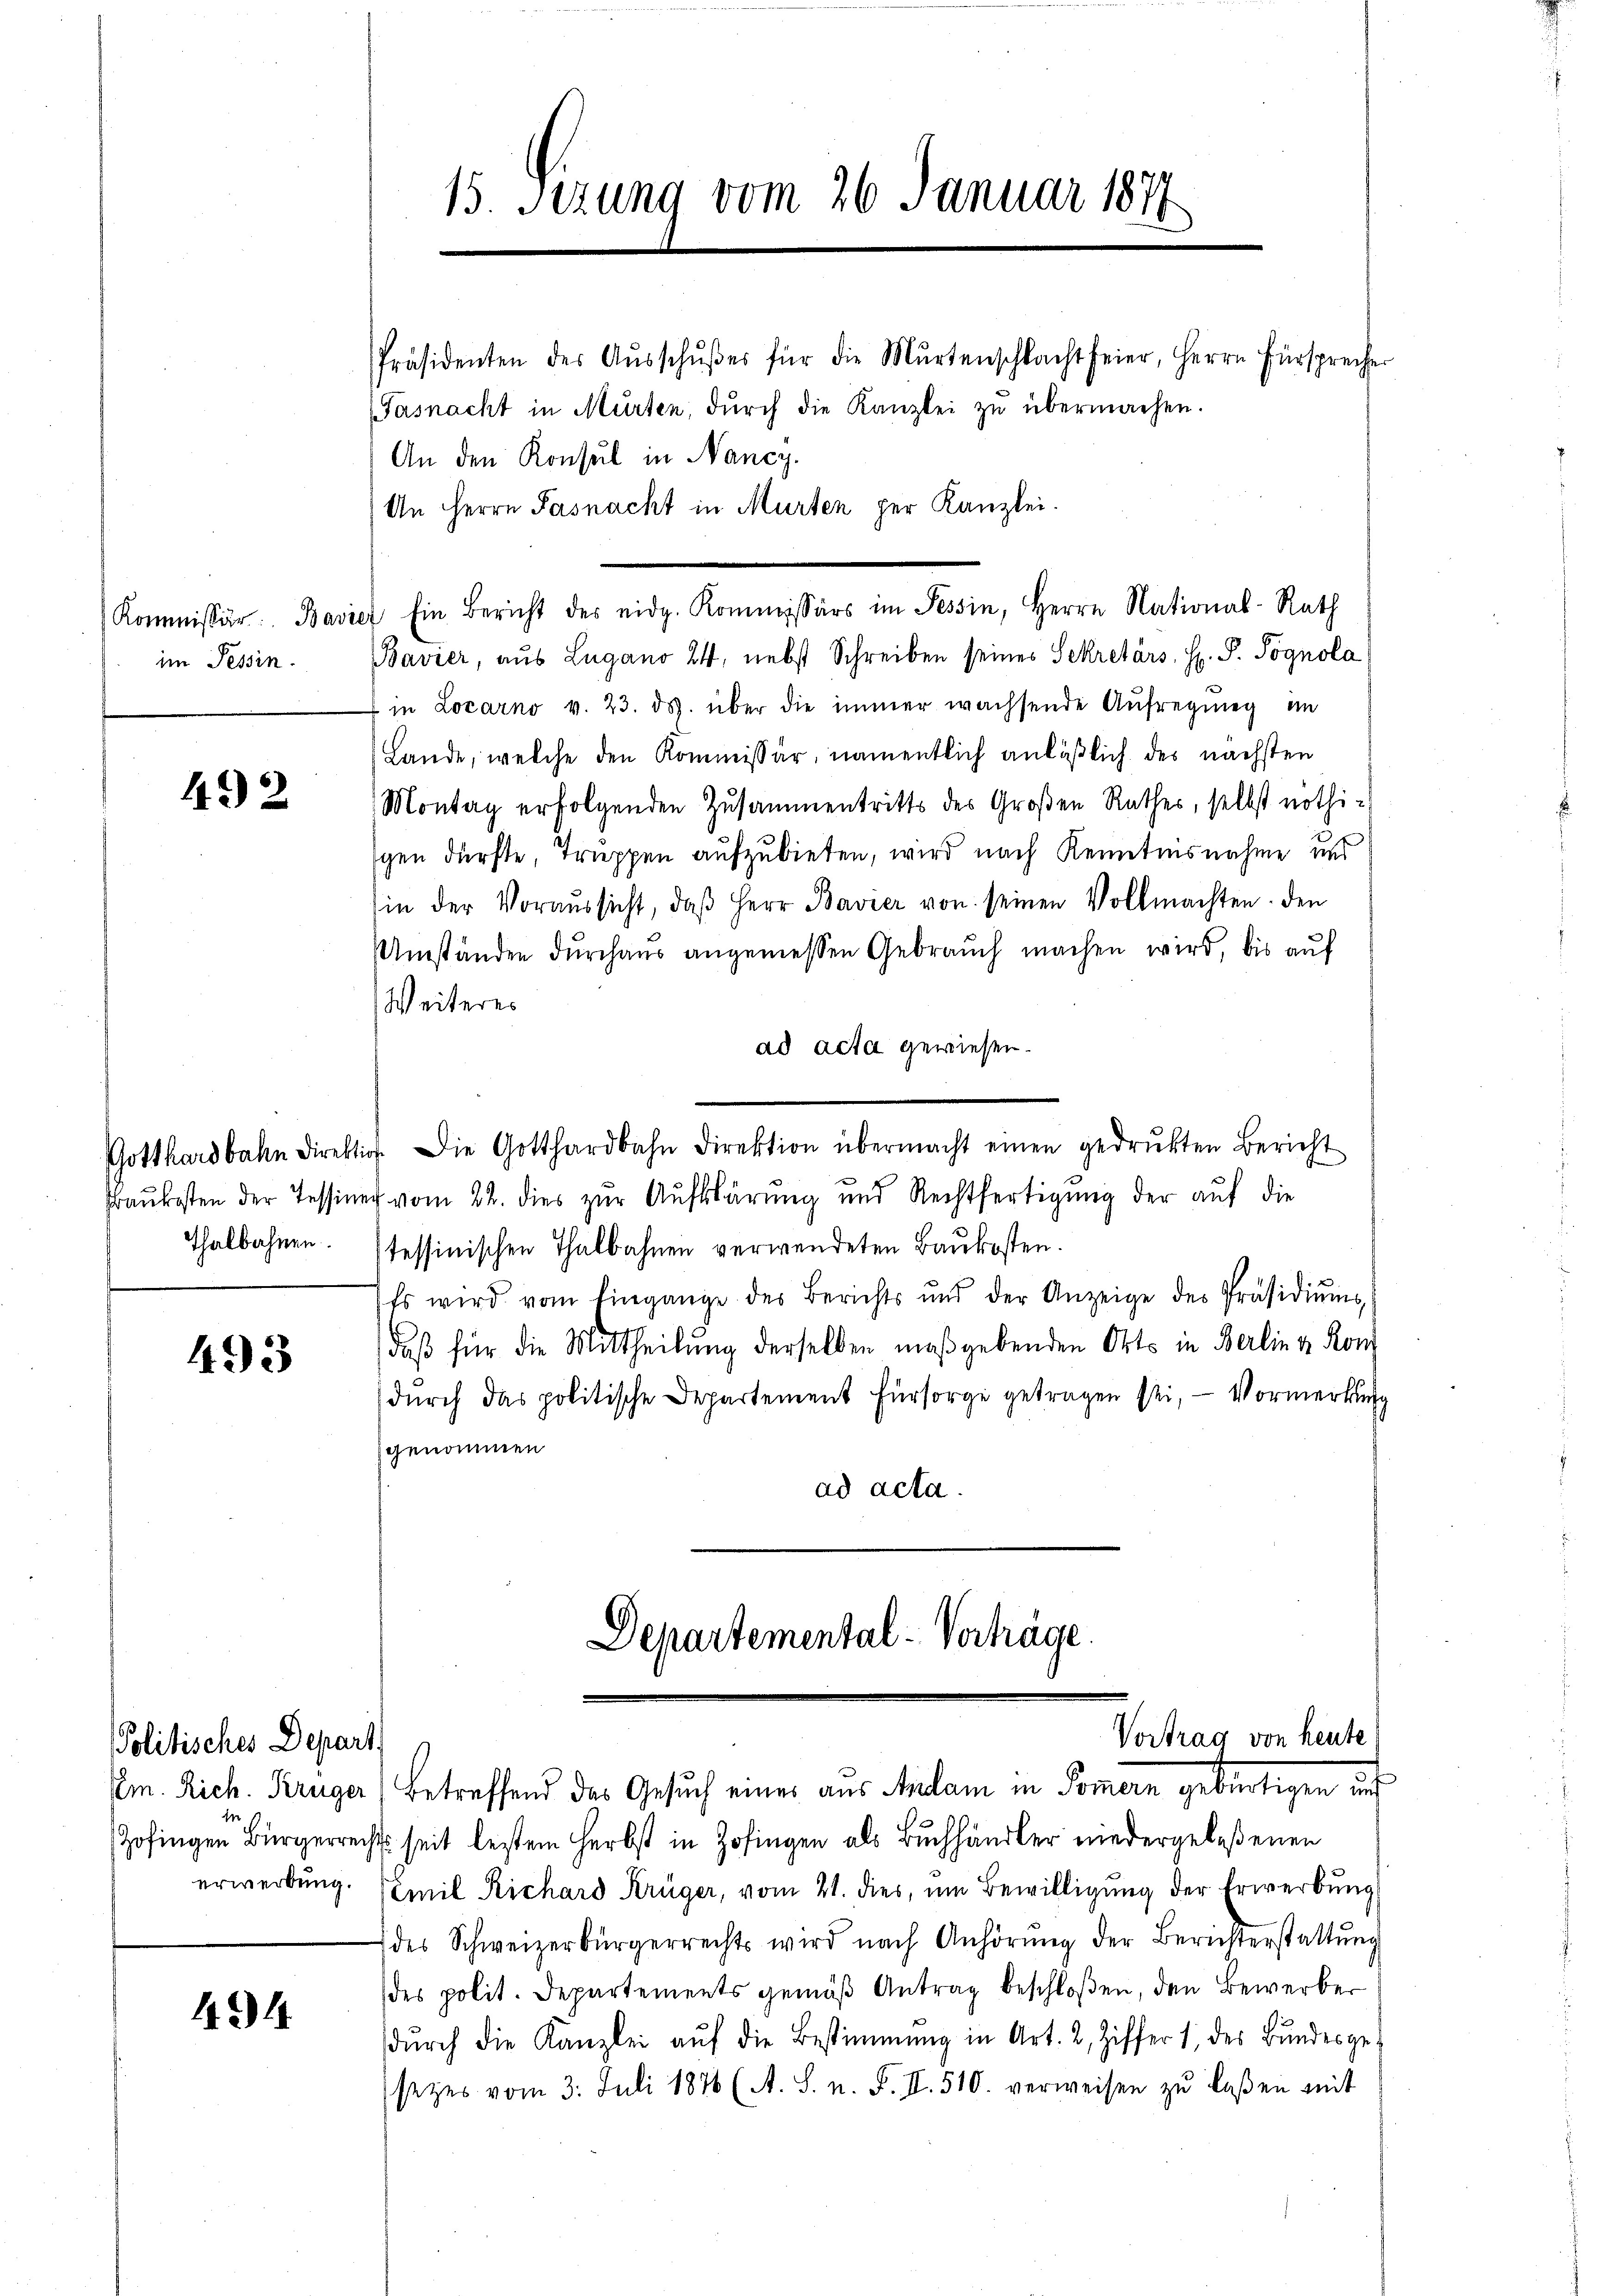
Kommissär: Bavi
im Tessin.

492

Gotthardbahn direk
Fraukosten der Tessin
Thalbahnen.

493

Politisches Depart.

491.

15. Setzung vom 26. Januar 1877

Präsidenten der Aŭsschŭβes für die Murtenschlacht feier, Herrn Fürsprecher
Fasnacht in Murten, dŭrch die Kanzlei zŭ übermachen.
An den Konsul in Nancy.
 Ein Bericht des eidg. Kommissärs im Tessin, Herrn National-Rath
Bavier, aus Lugano 24, nebst Schreiben seines Sekretärs, H. P. Pognola
 in Locarno v. 23. ds. über die immer wachsende Aufregung im
Lande, welche den Kommissär, namentlich anläßlich des nächsten
Montag erfolgenden Zusammentritts des Großen Rathes, selbst nöthi-
sgen dürfte, Truppen aufzubieten, wird nach Kenntnisnahme und
sin der Voraŭssicht, daβ Herr Bavier von seinen Vollmachten. den
Umständen durchaus angemessen Gebrauch machen wird, bis auf
Weiteres
ad acta gewiesen.
. Die Gotthardbahn Direktion übermacht einen gedrukten Bericht
 vom 22. dies zur Aufklärung und Rechtfertigung der auf die
tessinischen Thalbahnen verwendeten Baukosten.
Es wird vom Eingange des Berichts und der Anzeige des Präsidiŭms
daß für die Mittheilung derselben maßgebenden Orts in Berlin u. Kon
(durch das politische Departement Fürsorge getragen sei, - Vormerkung
genommen
ad acta.

An Herrn Pasnacht in Murten per Kanzlei.

Zofingen Bürgerrecht seit bestem Herbst in Zofingen als Buchhändler niedergelesenen
erwerbung. Emil Richard Krüger, vom 21. dies, um Bewilligung der Erwerbung
des Schweizerbürgerrechts wird nach Anhörŭng der Berichterstattŭng
des polit. Departements gemäß Antrag beschloßen, den Bewerber
dŭrch die Kanzlei aŭf die Bestimmung in Art. 2, Ziffer 1, des Bŭndesgesezes vom 3. Juli 1876 (A. S. n. F. II. 510. verweisen zŭ laßen mit

Departemental-Verträge.
Vortrag von heute
Em. Rich. Krüger) betreffend das Gesuch einer aus Aidam in Pomern gebürtigen un